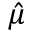
\hat { \mu }